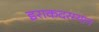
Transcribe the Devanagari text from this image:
इराकदरम्यान